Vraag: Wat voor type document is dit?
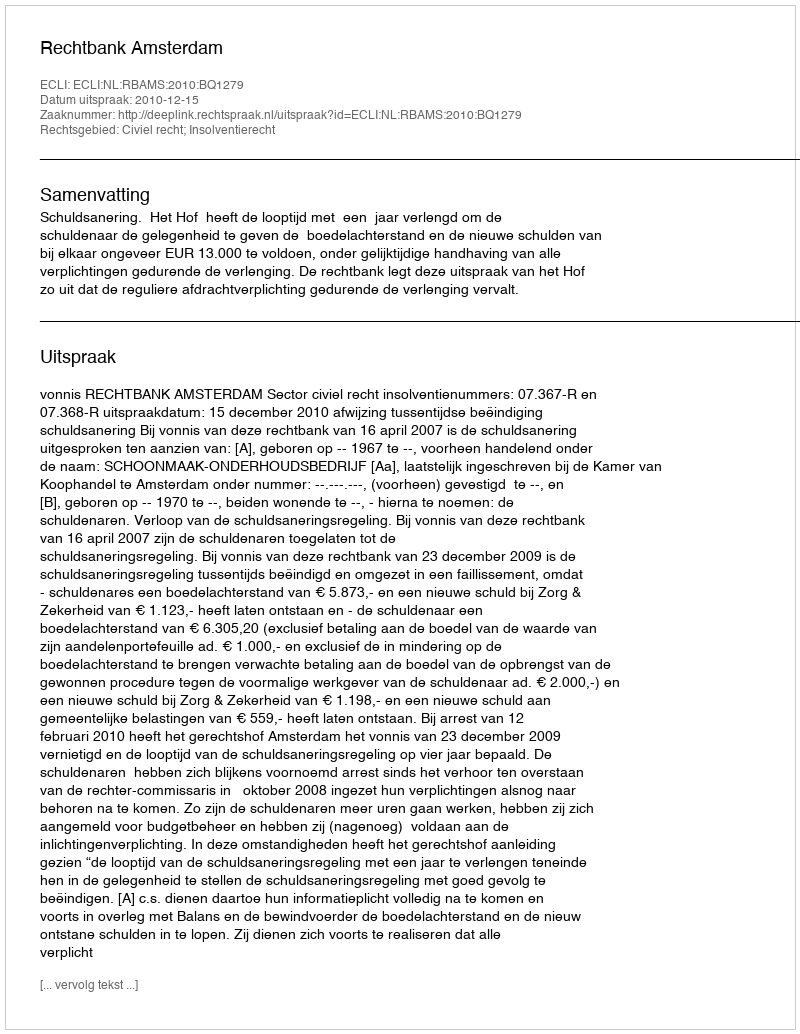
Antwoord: Uitspraak